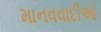
માનવવાદીઓ